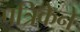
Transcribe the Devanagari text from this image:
पत्रिकेने